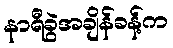
နာရီခွဲအချိန်ခန့်က